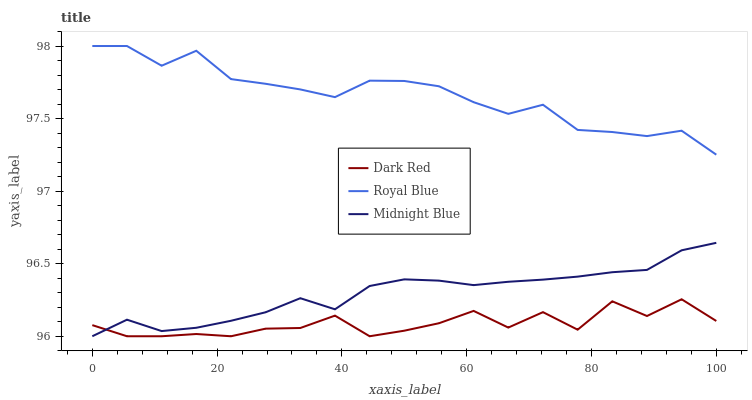
| xaxis_label | Dark Red | Royal Blue | Midnight Blue |
 | --- | --- | --- | --- |
 | 0 | 96.1 | 98 | 96 |
 | 5.56 | 96 | 98 | 96.1 |
 | 11.1 | 96 | 97.9 | 96 |
 | 16.7 | 96 | 98 | 96.1 |
 | 22.2 | 96 | 97.8 | 96.1 |
 | 27.8 | 96.1 | 97.7 | 96.2 |
 | 33.3 | 96.1 | 97.7 | 96.3 |
 | 38.9 | 96.1 | 97.6 | 96.2 |
 | 44.4 | 96 | 97.8 | 96.3 |
 | 50 | 96 | 97.8 | 96.4 |
 | 55.6 | 96.1 | 97.7 | 96.4 |
 | 61.1 | 96.2 | 97.6 | 96.4 |
 | 66.7 | 96.1 | 97.5 | 96.4 |
 | 72.2 | 96.2 | 97.6 | 96.4 |
 | 77.8 | 96 | 97.4 | 96.4 |
 | 83.3 | 96.2 | 97.4 | 96.4 |
 | 88.9 | 96.1 | 97.4 | 96.5 |
 | 94.4 | 96.3 | 97.4 | 96.6 |
 | 100 | 96.1 | 97.3 | 96.6 |